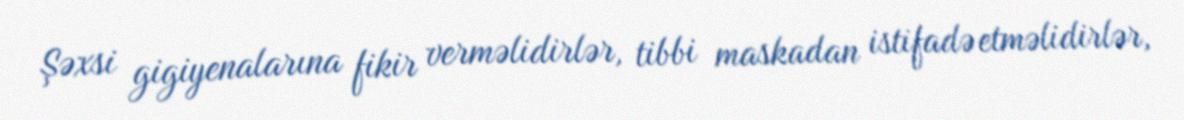
Şəxsi gigiyenalarına fikir verməlidirlər, tibbi maskadan istifadə etməlidirlər,